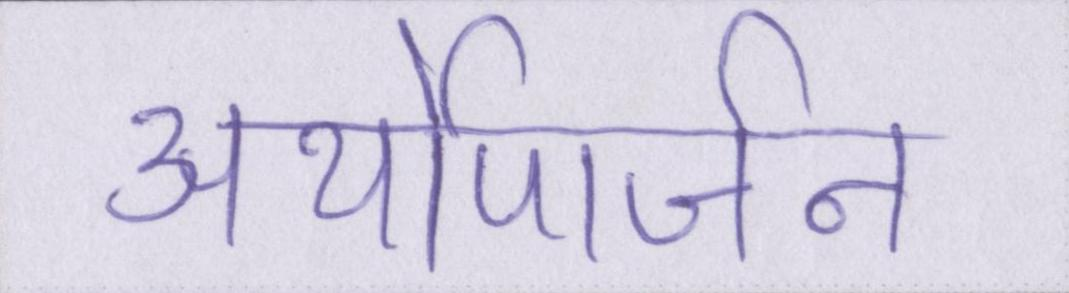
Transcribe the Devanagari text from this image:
अर्थोपार्जन